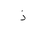
Letter: _thal